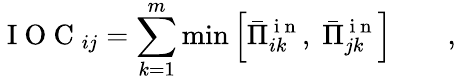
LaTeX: \mathrm{~I~O~C~}_{ij}=\sum_{k=1}^{m}\operatorname*{min}\left[\bar{\Pi}_{ik}^{\mathrm{~i~n~}},\; \bar{\Pi}_{jk}^{\mathrm{~i~n~}}\right]\qquad,